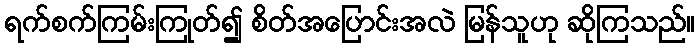
ရက်စက်ကြမ်းကြုတ်၍ စိတ်အပြောင်းအလဲ မြန်သူဟု ဆိုကြသည်။